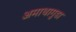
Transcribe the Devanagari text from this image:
अमाथागुडा